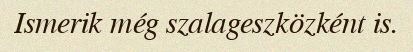
Ismerik még szalageszközként is.